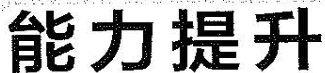
能力提升